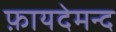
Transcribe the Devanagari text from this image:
फ़ायदेमन्द